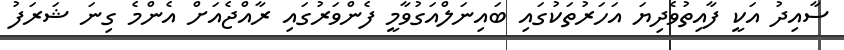
ސާއިދު އަކީ ފާއިތުވެދިޔަ އަހަރުތަކުގައި ބައިނަލްއަގުވާމީ ފެންވަރުގައި ރާއްޖެއަށް އެންމެ ގިނަ ޝަރަފު